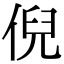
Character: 倪